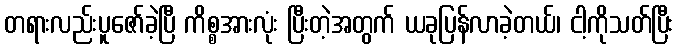
တရားလည်းပူဇော်ခဲ့ပြီ ကိစ္စအားလုံး ပြီးတဲ့အတွက် ယခုပြန်လာခဲ့တယ်၊ ငါ့ကိုသတ်ပြီး